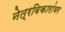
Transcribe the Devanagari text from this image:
नेत्रविकारांवर